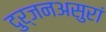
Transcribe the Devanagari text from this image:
दुर्जनअसुरां